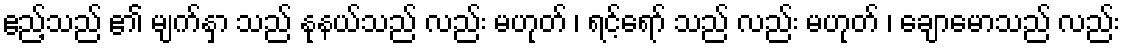
ဧည့်သည် ၏ မျက်နှာ သည် နုနယ်သည် လည်း မဟုတ် ၊ ရင့်ရော် သည် လည်း မဟုတ် ၊ ချောမောသည် လည်း